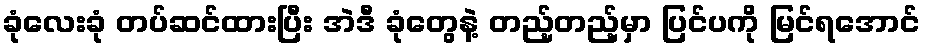
ခုံလေးခုံ တပ်ဆင်ထားပြီး အဲဒီ ခုံတွေနဲ့ တည့်တည့်မှာ ပြင်ပကို မြင်ရအောင်